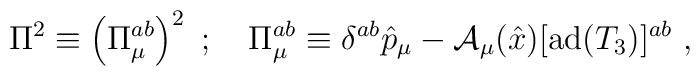
\Pi^2 \equiv \left(\Pi_{\mu}^{ab}\right)^2 \ ; \quad\Pi_{\mu}^{ab}\equiv\delta^{ab}\hat{p}_{\mu}-{\cal A}_{\mu}(\hat{x})[\mbox{ad}(T_3)]^{ab}\ ,